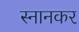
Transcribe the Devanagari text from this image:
स्नानकर